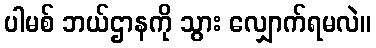
ပါမစ် ဘယ်ဌာနကို သွား လျှောက်ရမလဲ။